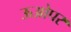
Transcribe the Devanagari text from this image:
ऊओपर